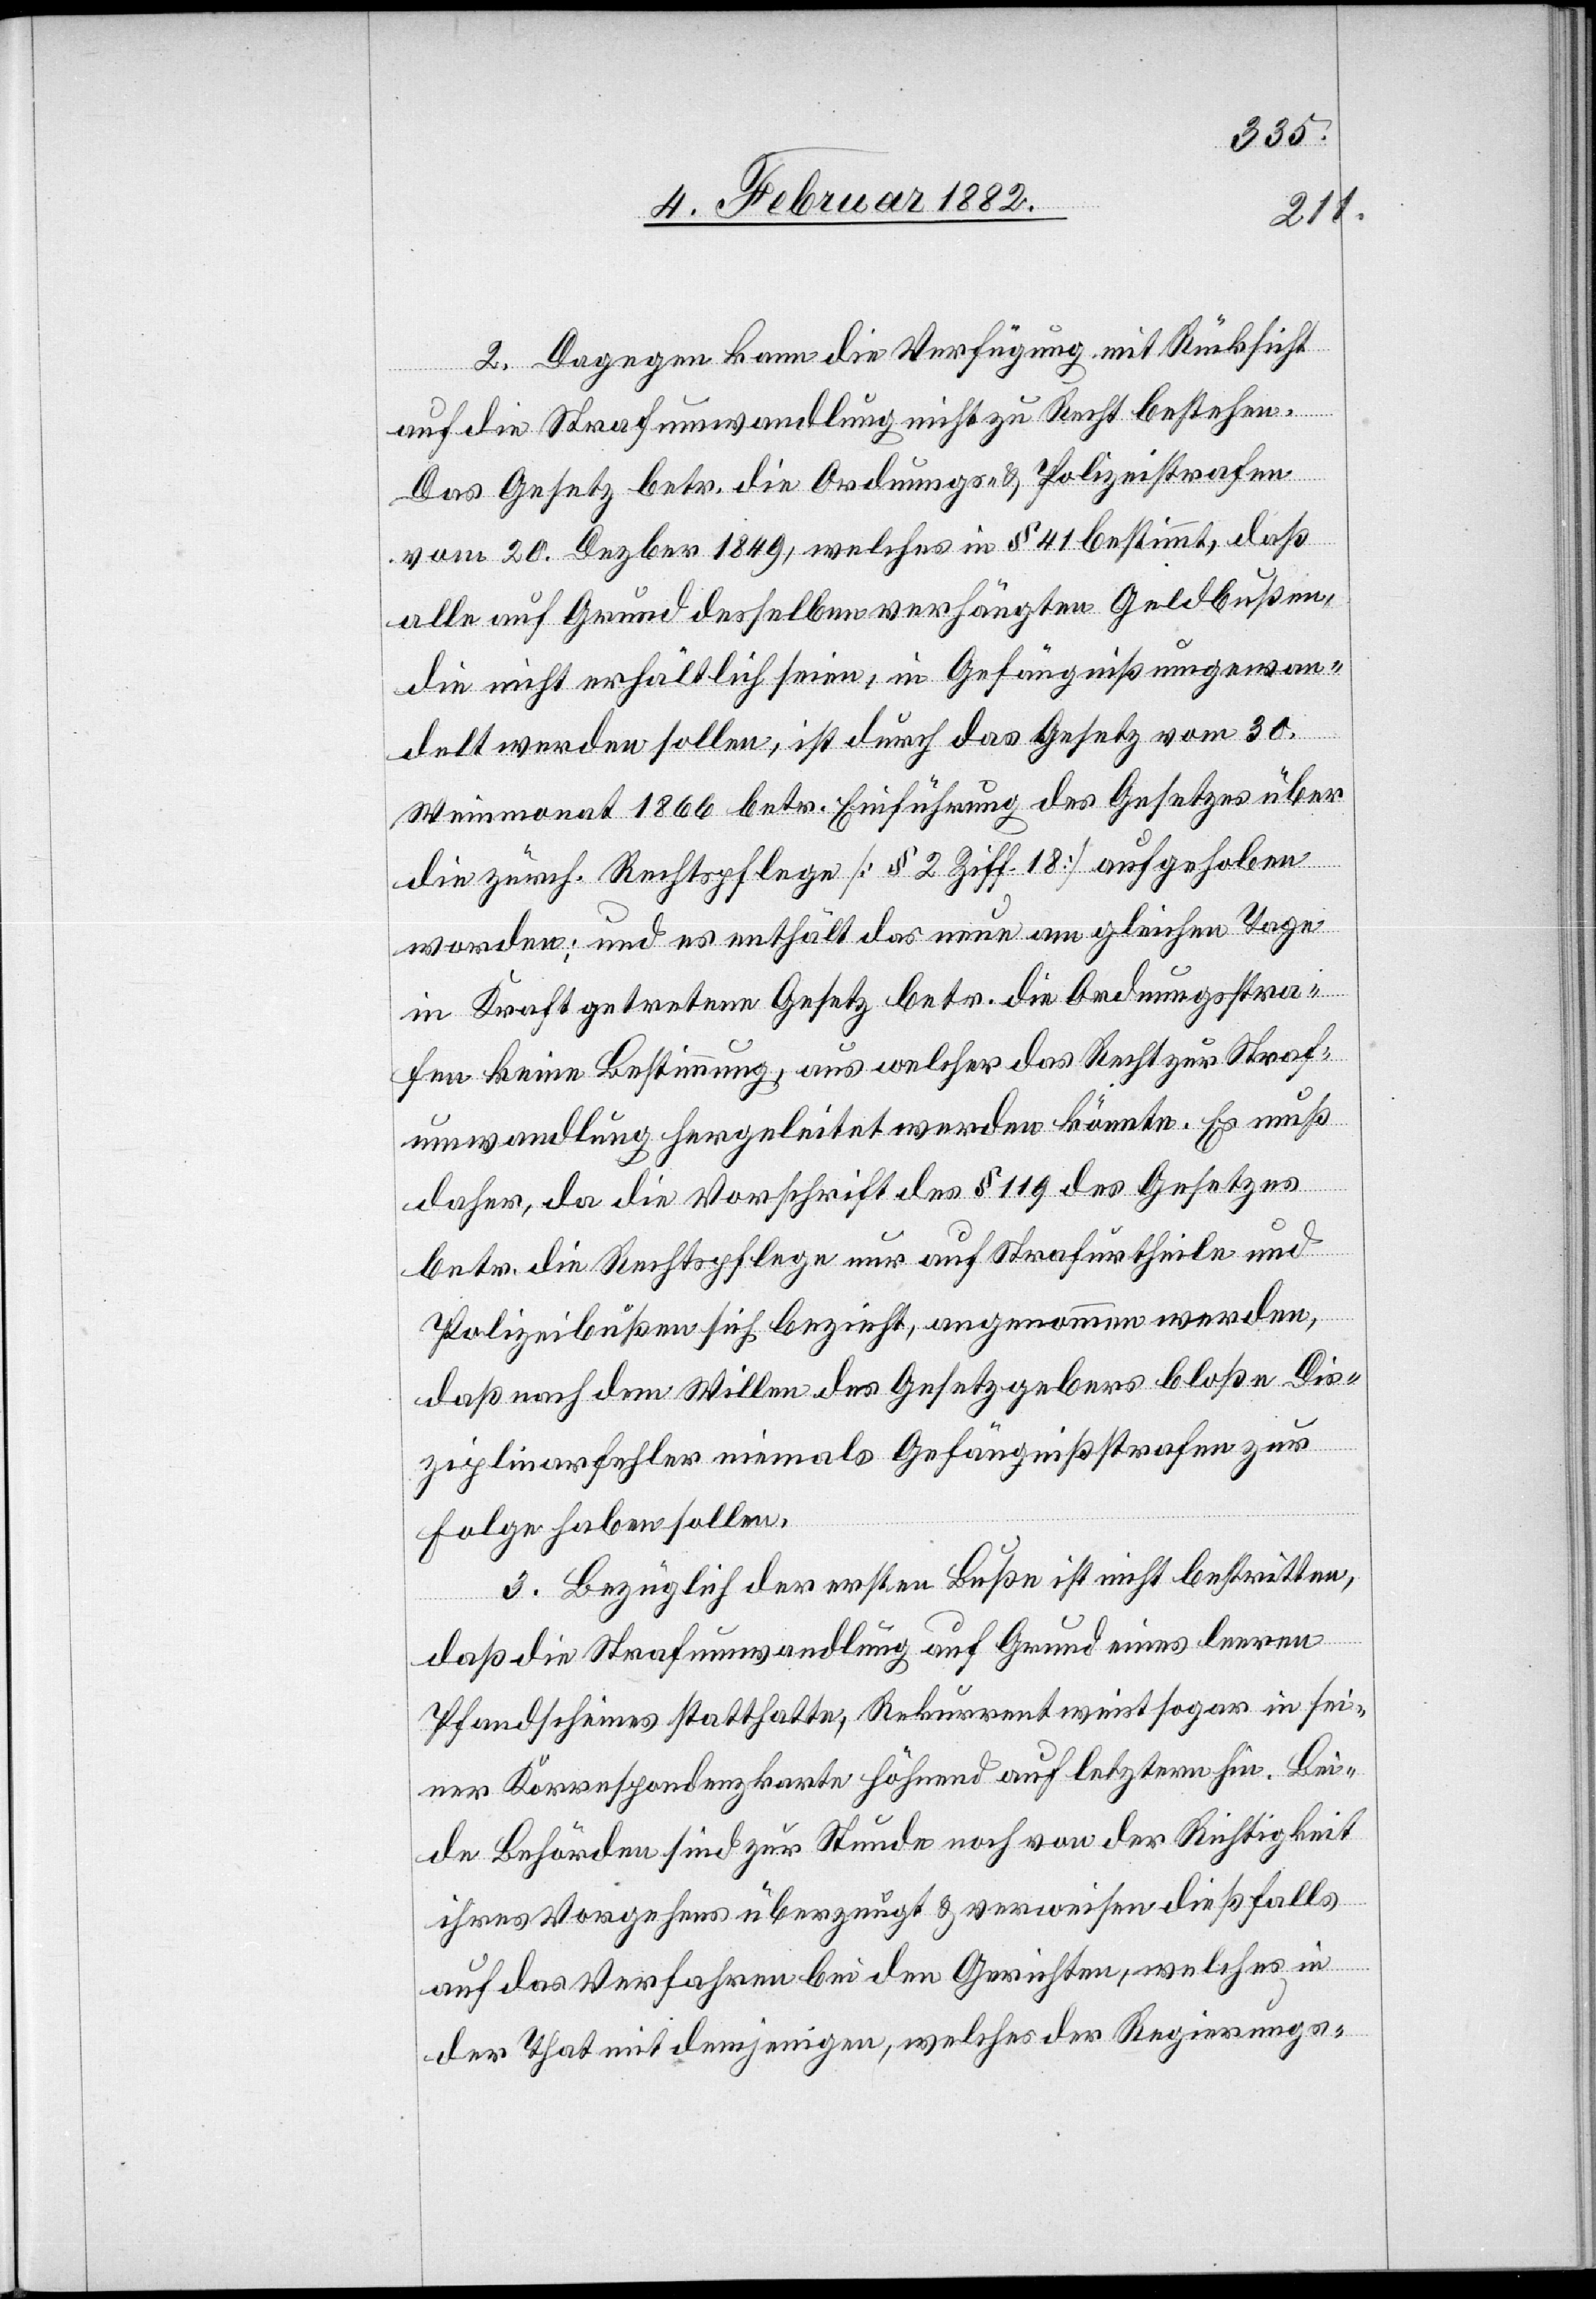
2. Dagegen kann die Verfügung mit Rücksicht
auf die Strafumwandlung nicht zu Recht bestehen.
Das Gesetz betr. die Ordnungs- & Polizeistrafen
vom 20. Dezber [sic!] 1849, welches in § 41 bestimmt, daß
alle auf Grund desselben verhängten Geldbußen,
die nicht erhältlich seien, in Gefängniß umgewan¬
delt werden sollen, ist durch das Gesetz vom 30.
Weinmonat 1866 betr. Einführung des Gesetzes über
die zürch. Rechtspflege [§ 2 Ziff. 18] aufgehoben
worden; und es enthält das neue an gleichen Tage
in Kraft getretene Gesetz betr. die Ordnungsstra¬
fen keine Bestimmung, aus welcher das Recht zur Straf¬
umwandlung hergeleitet werden könnte. Es muß
daher, da die Vorschrift des § 119 des Gesetzes
betr. die Rechtspflege nur auf Strafurtheile und
Polizeibußen sich bezieht, angenommen werden,
daß nach dem Willen des Gesetzgebers bloße Dis¬
ziplinarfehler niemals Gefängnißstrafen zur
Folge haben sollen.
3. Bezüglich der ersten Buße ist nicht bestritten,
daß die Strafumwandlung auf Grund eines leeren
Pfandscheines statthatte, Rekurrent weist sogar in sei¬
ner Korrespondenzkarte höhnend auf letztere hin. Bei¬
de Behörden sind zur Stunde noch von der Richtigkeit
ihres Vorgehens überzeugt & verweisen dießfalls
auf das Verfahren bei den Gerichten, welches in
der That mit demjenigen, welches der Regierungs-